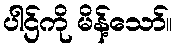
ပါဌ်ကို မိန့်သော်။